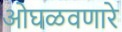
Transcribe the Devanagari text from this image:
ओघळवणारे